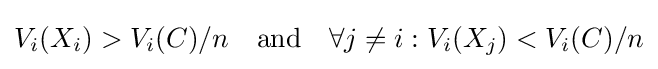
V_{i}(X_{i})>V_{i}(C)/n~~{\text{ and  }}~~\forall j\neq i:V_{i}(X_{j})<V_{i}(C)/n